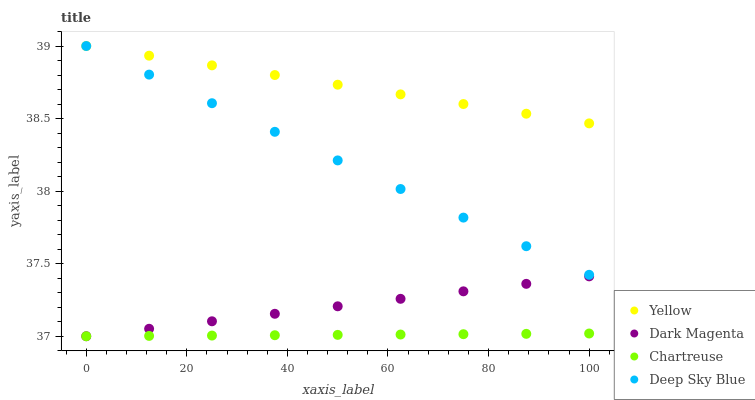
| xaxis_label | Yellow | Dark Magenta | Chartreuse | Deep Sky Blue |
 | --- | --- | --- | --- | --- |
 | 0 | 39 | 37 | 37 | 39 |
 | 12.5 | 38.9 | 37.1 | 37 | 38.8 |
 | 25 | 38.9 | 37.1 | 37 | 38.6 |
 | 37.5 | 38.8 | 37.2 | 37 | 38.4 |
 | 50 | 38.7 | 37.2 | 37 | 38.2 |
 | 62.5 | 38.7 | 37.3 | 37 | 38 |
 | 75 | 38.6 | 37.3 | 37 | 37.8 |
 | 87.5 | 38.5 | 37.4 | 37 | 37.6 |
 | 100 | 38.5 | 37.4 | 37 | 37.4 |